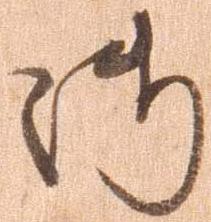
御